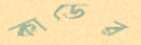
কাডের